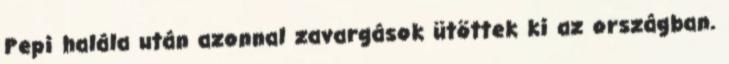
Pepi halála után azonnal zavargások ütöttek ki az országban.